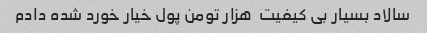
سالاد بسیار بی کیفیت  هزار تومن پول خیار خورد شده دادم